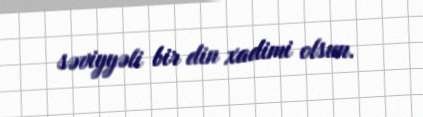
səviyyəli bir din xadimi olsun.